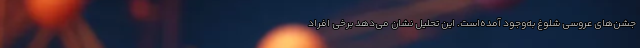
جشن‌های عروسی شلوغ به‌وجود آمده‌است. این تحلیل نشان می‌دهد برخی افراد